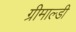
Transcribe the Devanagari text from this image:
ग्रीमाल्डी